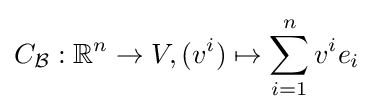
C_{\mathcal {B}}:\mathbb {R} ^{n}\rightarrow V,(v^{i})\mapsto \sum _{i=1}^{n}v^{i}e_{i}